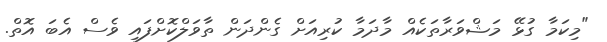
"މިކަމާ ގުޅޭ މަޝްވަރާތަކެއް މާދަމާ ކުރިއަށް ގެންދަން ތާވަލްކޮށްފައި ވެސް އެބަ އޮތް.